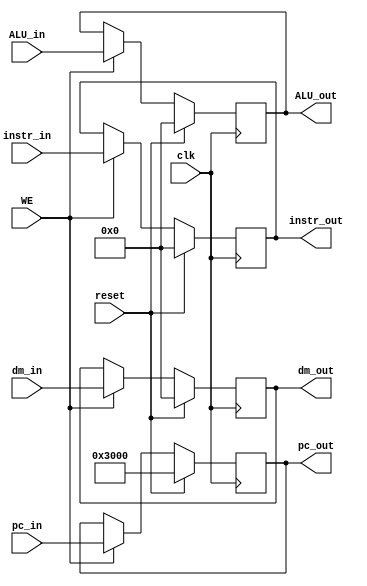
`timescale 1ns / 1ps

module WREG(	
	input clk,
	input reset,
	input WE,
	input [31:0] instr_in,
	input [31:0] pc_in,
	input [31:0] ALU_in,
	input [31:0] dm_in,
	
	output reg [31:0] instr_out,
	output reg [31:0] pc_out,
	output reg [31:0] ALU_out,
	output reg [31:0] dm_out
    );
	 
	initial begin
		instr_out <= 0;
		pc_out <= 32'h0000_3000;
		ALU_out <= 0;
		dm_out <= 0;
	end
	
	always@(posedge clk) begin
		if(reset) begin
			instr_out <= 0;
			pc_out <= 32'h0000_3000;
			ALU_out <= 0;
			dm_out <= 0;
		end
		else if(WE) begin
			instr_out <= instr_in;
			pc_out <= pc_in;
			ALU_out <= ALU_in;
			dm_out <= dm_in; 
		end
	end

endmodule